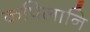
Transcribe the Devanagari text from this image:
कपिलानि